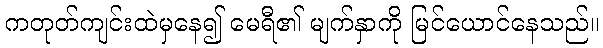
ကတုတ်ကျင်းထဲမှနေ၍ မေရီ၏ မျက်နှာကို မြင်ယောင်နေသည်။